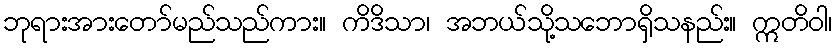
ဘုရားအားတော်မည်သည်ကား။ ကိဒိသာ၊ အဘယ်သို့သဘောရှိသနည်း။ ဣတိဝါ၊